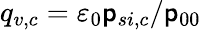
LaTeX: q_{v,c}={\varepsilon}_{0}\mathsf{p}_{si,c}/\mathsf{p}_{00}